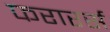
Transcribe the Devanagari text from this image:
फरारर्स